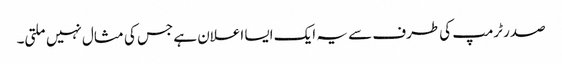
صدر ٹرمپ کی طرف سے یہ ایک ایسا اعلان ہے جس کی مثال نہیں ملتی۔